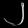
Digit: ၂